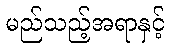
မည်သည့်အရာနှင့်